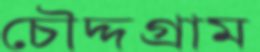
চৌদ্দগ্রাম